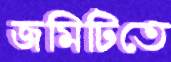
জমিটিতে